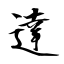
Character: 達